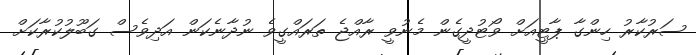
ސަރުކާރު ހިންގާ ޕާޓީއަށް ވޯޓުދީގެން މެނުވީ ރާއްޖެ ތަރައްގީވެ ނުދާނެކަން އަދިވެސް ގަބޫލުކުރާކަށް